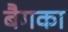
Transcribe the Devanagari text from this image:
बैगका